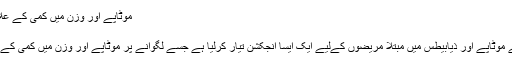
موٹاپے اور وزن میں کمی کے علاوہ ذیابیطس کنٹرول کرنے والا انجیکشن تیار
ویب ڈیسک | ۱۲ ماہ پہلے
لندن:(جمعہ:2019-08-09) طبّی ماہرین نے موٹاپے اور ذیابیطس میں مبتلا مریضوں کےلیے ایک ایسا انجکشن تیار کرلیا ہے جسے لگوانے پر موٹاپے اور وزن میں کمی کے علاوہ ذیابیطس بھی کنٹرول کی جاسکتی ہے۔